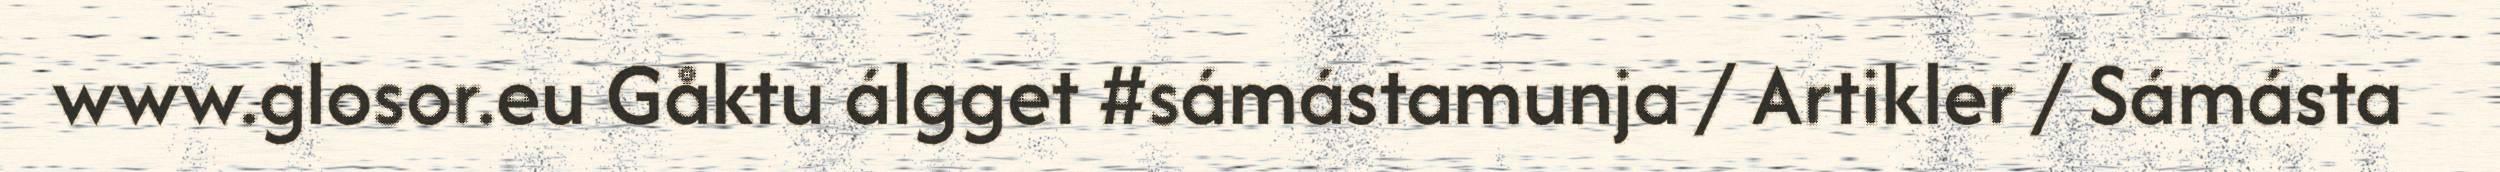
www.glosor.eu Gåktu álgget #sámástamunja / Artikler / Sámásta